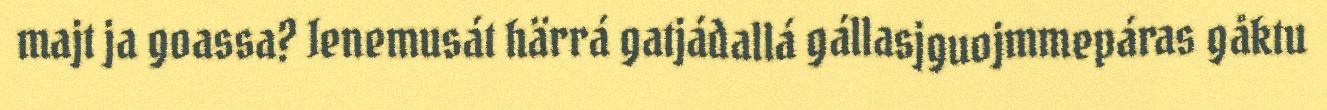
majt ja goassa? Ienemusát härrá gatjádallá gállasjguojmmepáras gåktu